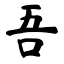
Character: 吾